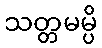
သတ္တမမ္ပိ